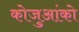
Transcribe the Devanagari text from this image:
कोजुआंको